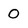
Character: 0